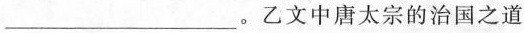
___。乙文中唐太宗的治国之道